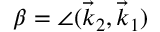
\beta = \angle ( \vec { k } _ { 2 } , \vec { k } _ { 1 } )